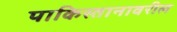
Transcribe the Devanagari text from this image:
पाकिस्तानावरील